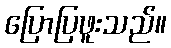
ပြောပြဖူးသည်။